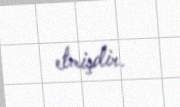
etmişdir.